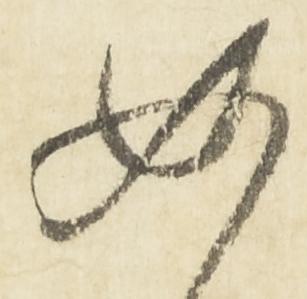
如